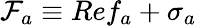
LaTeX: {\cal F}_{a}\equiv Ref_{a}+\sigma_{a}